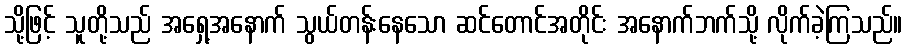
သို့ဖြင့် သူတို့သည် အရှေ့အနောက် သွယ်တန်းနေသော ဆင်တောင်အတိုင်း အနောက်ဘက်သို့ လိုက်ခဲ့ကြသည်။